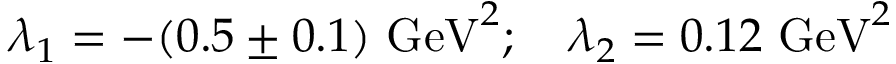
\lambda _ { 1 } = - ( 0 . 5 \pm 0 . 1 ) ~ \mathrm { G e V } ^ { 2 } ; ~ ~ ~ \lambda _ { 2 } = 0 . 1 2 ~ \mathrm { G e V } ^ { 2 }